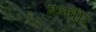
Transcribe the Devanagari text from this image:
मनवीर